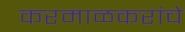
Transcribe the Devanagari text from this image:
करमाळकरांचे